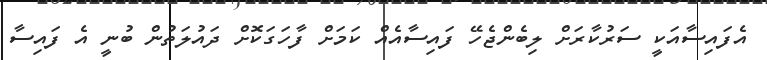
އެފައިސާއަކީ ސަރުކާރަށް ލިބެންޖެހޭ ފައިސާއެއް ކަމަށް ފާހަގަކޮށް ދައުލަތުން ބުނީ އެ ފައިސާ